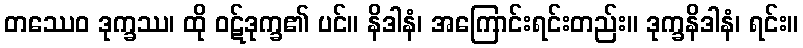
တဿေဝ ဒုက္ခဿ၊ ထို ဝဋ်ဒုက္ခ၏ ပင်။ နိဒါနံ၊ အကြောင်းရင်းတည်း။ ဒုက္ခနိဒါနံ၊ ရင်း။